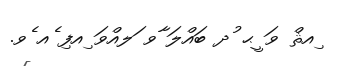
ިއޘް ވަ ީޙ ުދ ބައްލަ ާވ ަލއްވަ ިއފި ެއ ެވ.